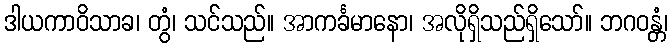
ဒါယကာဝိသာခ၊ တွံ၊ သင်သည်။ အာကင်္ခမာနော၊ အလိုရှိသည်ရှိသော်။ ဘဂဝန္တံ၊